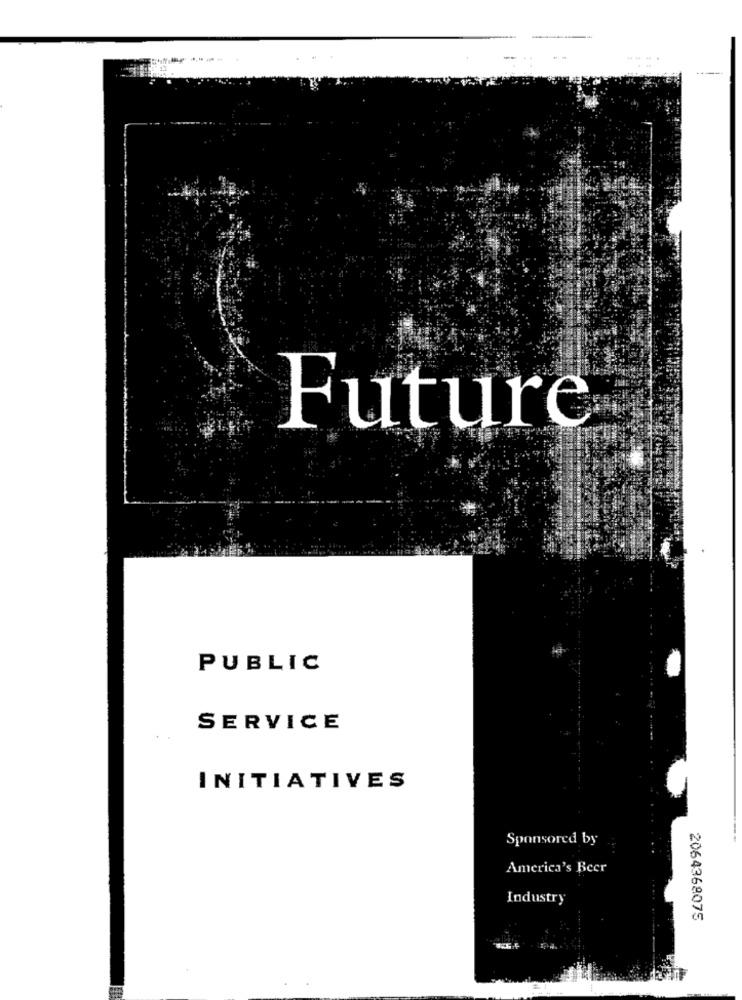
Future
PUBLIC
SERVICE
INITIATIVES
Sponsored by
America's Beer
Industry
2064368075